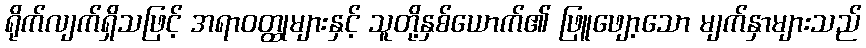
ရိုက်လျက်ရှိသဖြင့် အရာဝတ္ထုများနှင့် သူတို့နှစ်ယောက်၏ ဖြူဖျော့သော မျက်နှာများသည်